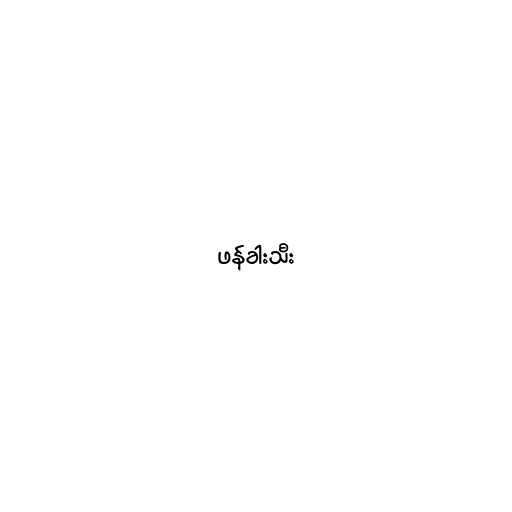
ဖန်ခါးသီး